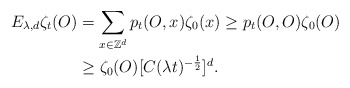
\begin{align*}E_{\lambda,d}\zeta_t(O)&=\sum_{x\in\mathbb{Z}^d}p_t(O,x)\zeta_0(x)\geq p_t(O,O)\zeta_0(O)\\&\geq\zeta_0(O)[C(\lambda t)^{-\frac{1}{2}}]^d.\end{align*}